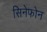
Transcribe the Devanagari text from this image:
सिनेफोन